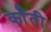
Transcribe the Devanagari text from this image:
कॉँती